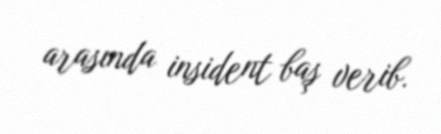
arasında insident baş verib.